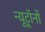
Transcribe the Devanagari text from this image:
न्युट्रॉनों